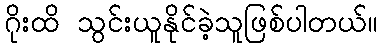
ဂိုးထိ သွင်းယူနိုင်ခဲ့သူဖြစ်ပါတယ်။